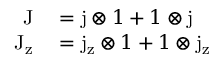
\begin{array} { r l } { \mathrm { J } } & { { } = \mathrm { j } \otimes 1 + 1 \otimes \mathrm { j } } \\ { \mathrm { J } _ { \mathrm { z } } } & { { } = \mathrm { j } _ { \mathrm { z } } \otimes 1 + 1 \otimes \mathrm { j } _ { \mathrm { z } } } \end{array}